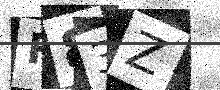
Text: R83Z